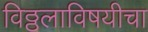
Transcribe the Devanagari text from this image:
विठ्ठलाविषयीचा